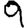
Digit: 9